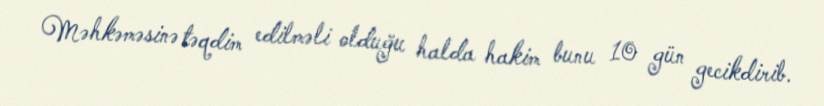
Məhkəməsinə təqdim edilməli olduğu halda hakim bunu 10 gün gecikdirib.